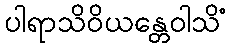
ပါရာသိဝိယန္တေဝါသိံ